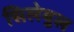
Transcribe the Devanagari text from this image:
सिलेबुल